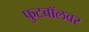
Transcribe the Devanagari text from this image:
फुटबॉलवर